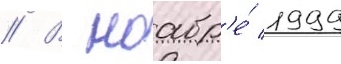
// В ноабр'е́ 1999